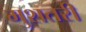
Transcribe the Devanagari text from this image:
मुशतरी